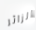
الزائر